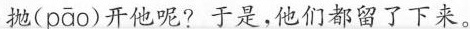
抛( pāo )开他呢?于是，他们都留了下来。